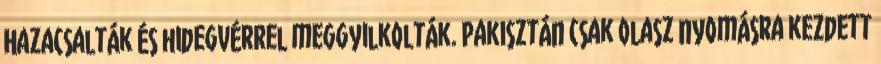
Hazacsalták és hidegvérrel meggyilkolták. Pakisztán csak olasz nyomásra kezdett